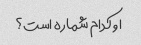
او کدام شماره است؟